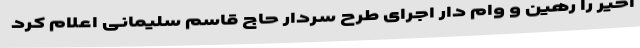
اخیر را رهین و وام دار اجرای طرح سردار حاج قاسم سلیمانی اعلام کرد